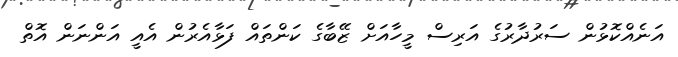
އަނެއްކޮޅުން ސަރުދާރުގެ އަރިސް މީހާއަށް ޒޭބާގެ ކަންތައް ފަޅާއެރުން އެއީ އަންނަން އޮތް